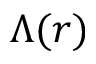
\Lambda ( r )